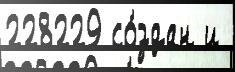
228229 со́здан и